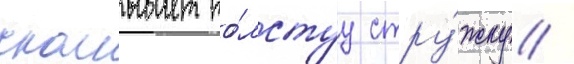
скалывает то́лстуу стру́жку /